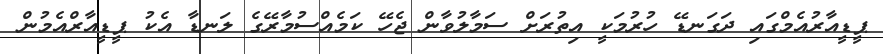
ޕީޑީއާރުއެމްގައި ދަގަނޑޭ ހުރުމަކީ އިތުރަށް ސަމާލުވާން ޖެހޭ ކަމެއްސުމާރޭގެ ލަނޑާ އެކު ޕީޑީއާރްއެމުން